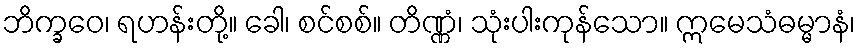
ဘိက္ခဝေ၊ ရဟန်းတို့။ ခေါ၊ စင်စစ်။ တိဏ္ဏံ၊ သုံးပါးကုန်သော။ ဣမေသံဓမ္မာနံ၊